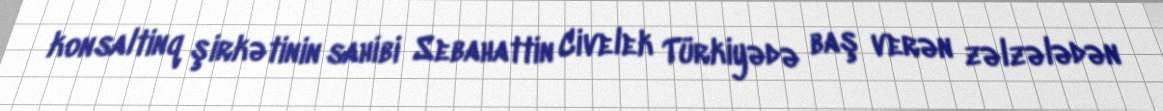
konsaltinq şirkətinin sahibi Sebahattin Civelek Türkiyədə baş verən zəlzələdən